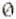
0